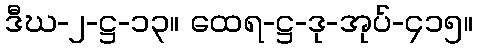
ဒီဃ-၂-ဋ္ဌ-၁၃။ ထေရ-ဋ္ဌ-ဒု-အုပ်-၄၁၅။